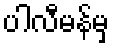
ပါလီမန်မှ